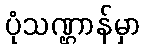
ပုံသဏ္ဌာန်မှာ